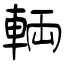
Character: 輌